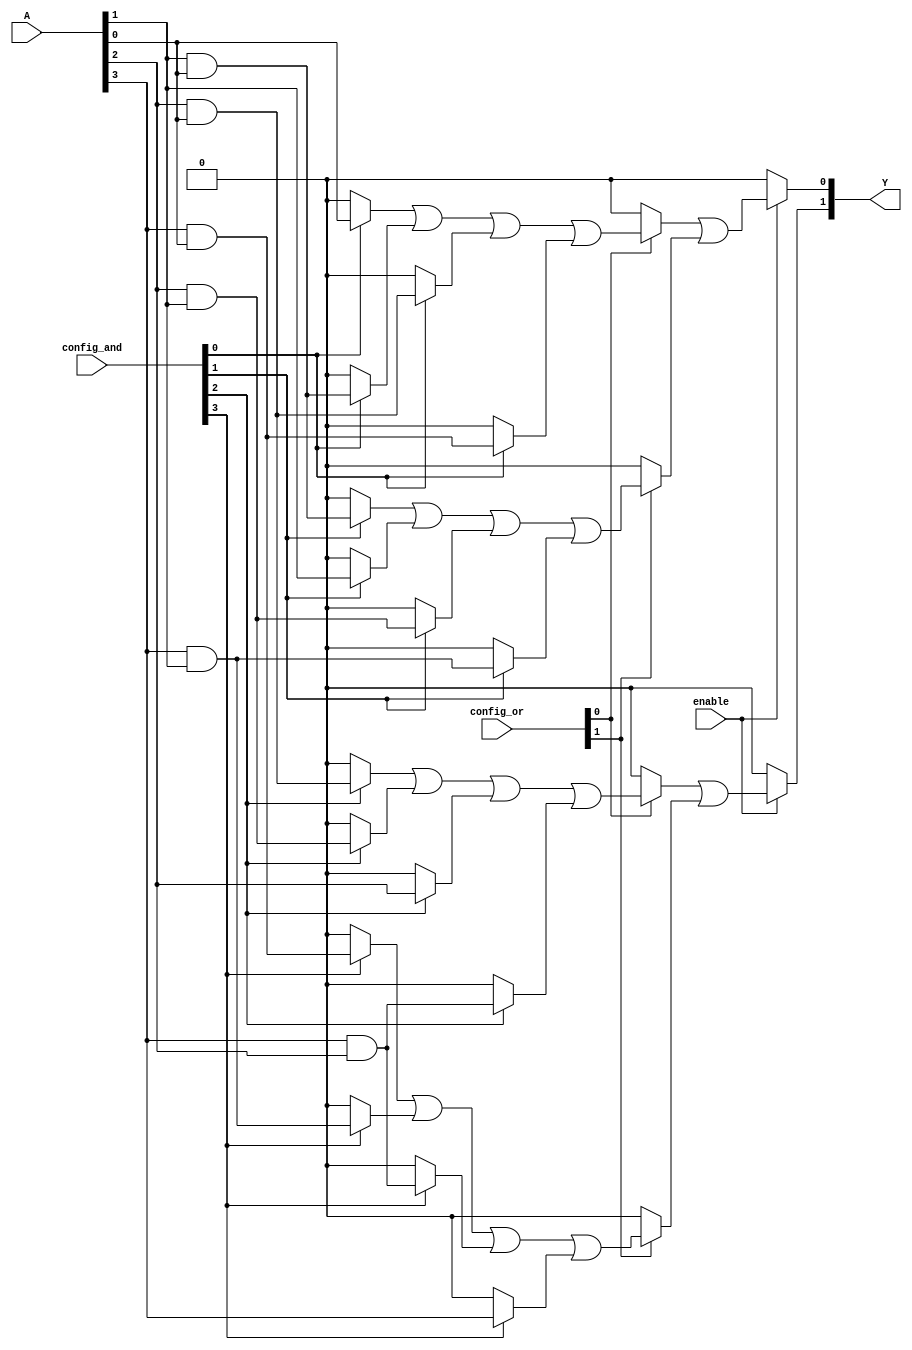
module SPAL (
    input wire [3:0] A,            // 4 input lines
    input wire [3:0] config_and,   // Configuration for AND terms (4 bits)
    input wire [1:0] config_or,     // Configuration for OR terms (2 bits)
    input wire enable,              // Enable signal
    output wire [1:0] Y             // 2 output lines
);

    // Intermediate signals for product terms
    wire [3:0] product_terms;

    // Programmable AND Array
    generate
        genvar i;
        for (i = 0; i < 4; i = i + 1) begin : and_array
            assign product_terms[i] = (config_and[i] ? (A[i] & A[0]) : 1'b0) |
                                       (config_and[i] ? (A[i] & A[1]) : 1'b0) |
                                       (config_and[i] ? (A[i] & A[2]) : 1'b0) |
                                       (config_and[i] ? (A[i] & A[3]) : 1'b0);
        end
    endgenerate

    // Programmable OR Array
    assign Y[0] = enable ? (config_or[0] ? product_terms[0] : 1'b0) |
                                   (config_or[1] ? product_terms[1] : 1'b0) : 1'b0;

    assign Y[1] = enable ? (config_or[0] ? product_terms[2] : 1'b0) |
                                   (config_or[1] ? product_terms[3] : 1'b0) : 1'b0;

endmodule